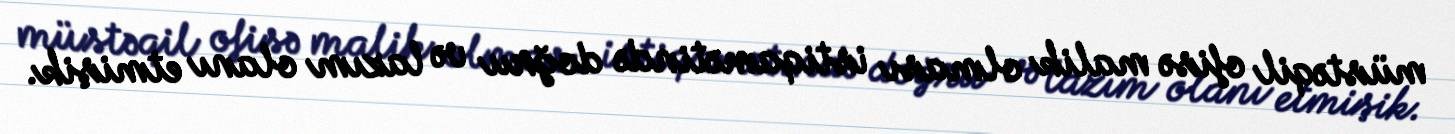
müstəqil ofisə malik olması istiqamətində doğru və lazım olanı etmişik.